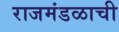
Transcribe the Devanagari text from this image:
राजमंडळाची